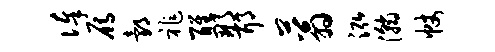
俸雁邰祚醒那耶蓊泓瀚帐